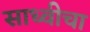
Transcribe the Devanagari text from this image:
साध्वीचा